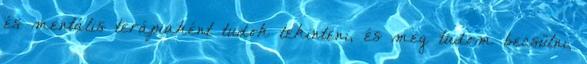
és mentális terápiaként tudok tekinteni, és meg tudom becsülni,